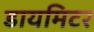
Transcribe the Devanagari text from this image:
डायमिटर